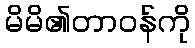
မိမိ၏တာဝန်ကို